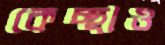
কেচ্ছাও